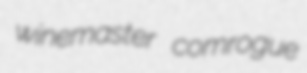
winemaster comrogue